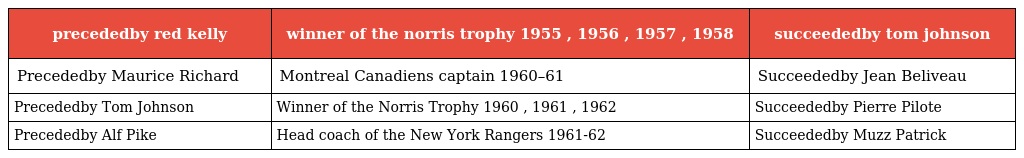
| precededby red kelly | winner of the norris trophy 1955 , 1956 , 1957 , 1958 | succeededby tom johnson |
 | --- | --- | --- |
 | Precededby Maurice Richard | Montreal Canadiens captain 1960–61 | Succeededby Jean Beliveau |
 | Precededby Tom Johnson | Winner of the Norris Trophy 1960 , 1961 , 1962 | Succeededby Pierre Pilote |
 | Precededby Alf Pike | Head coach of the New York Rangers 1961-62 | Succeededby Muzz Patrick |